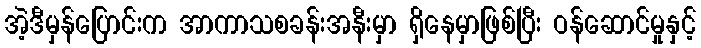
အဲ့ဒီမှန်ပြောင်းက အာကာသစခန်းအနီးမှာ ရှိနေမှာဖြစ်ပြီး ဝန်ဆောင်မှုနှင့်